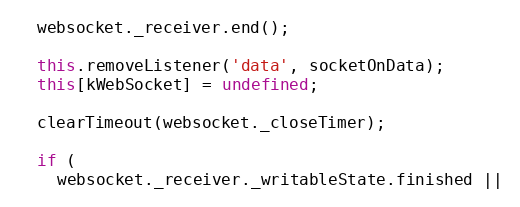
Language: JavaScript
  websocket._receiver.end();

  this.removeListener('data', socketOnData);
  this[kWebSocket] = undefined;

  clearTimeout(websocket._closeTimer);

  if (
    websocket._receiver._writableState.finished ||